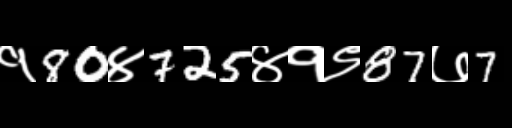
Text: १80४725४१९87७7